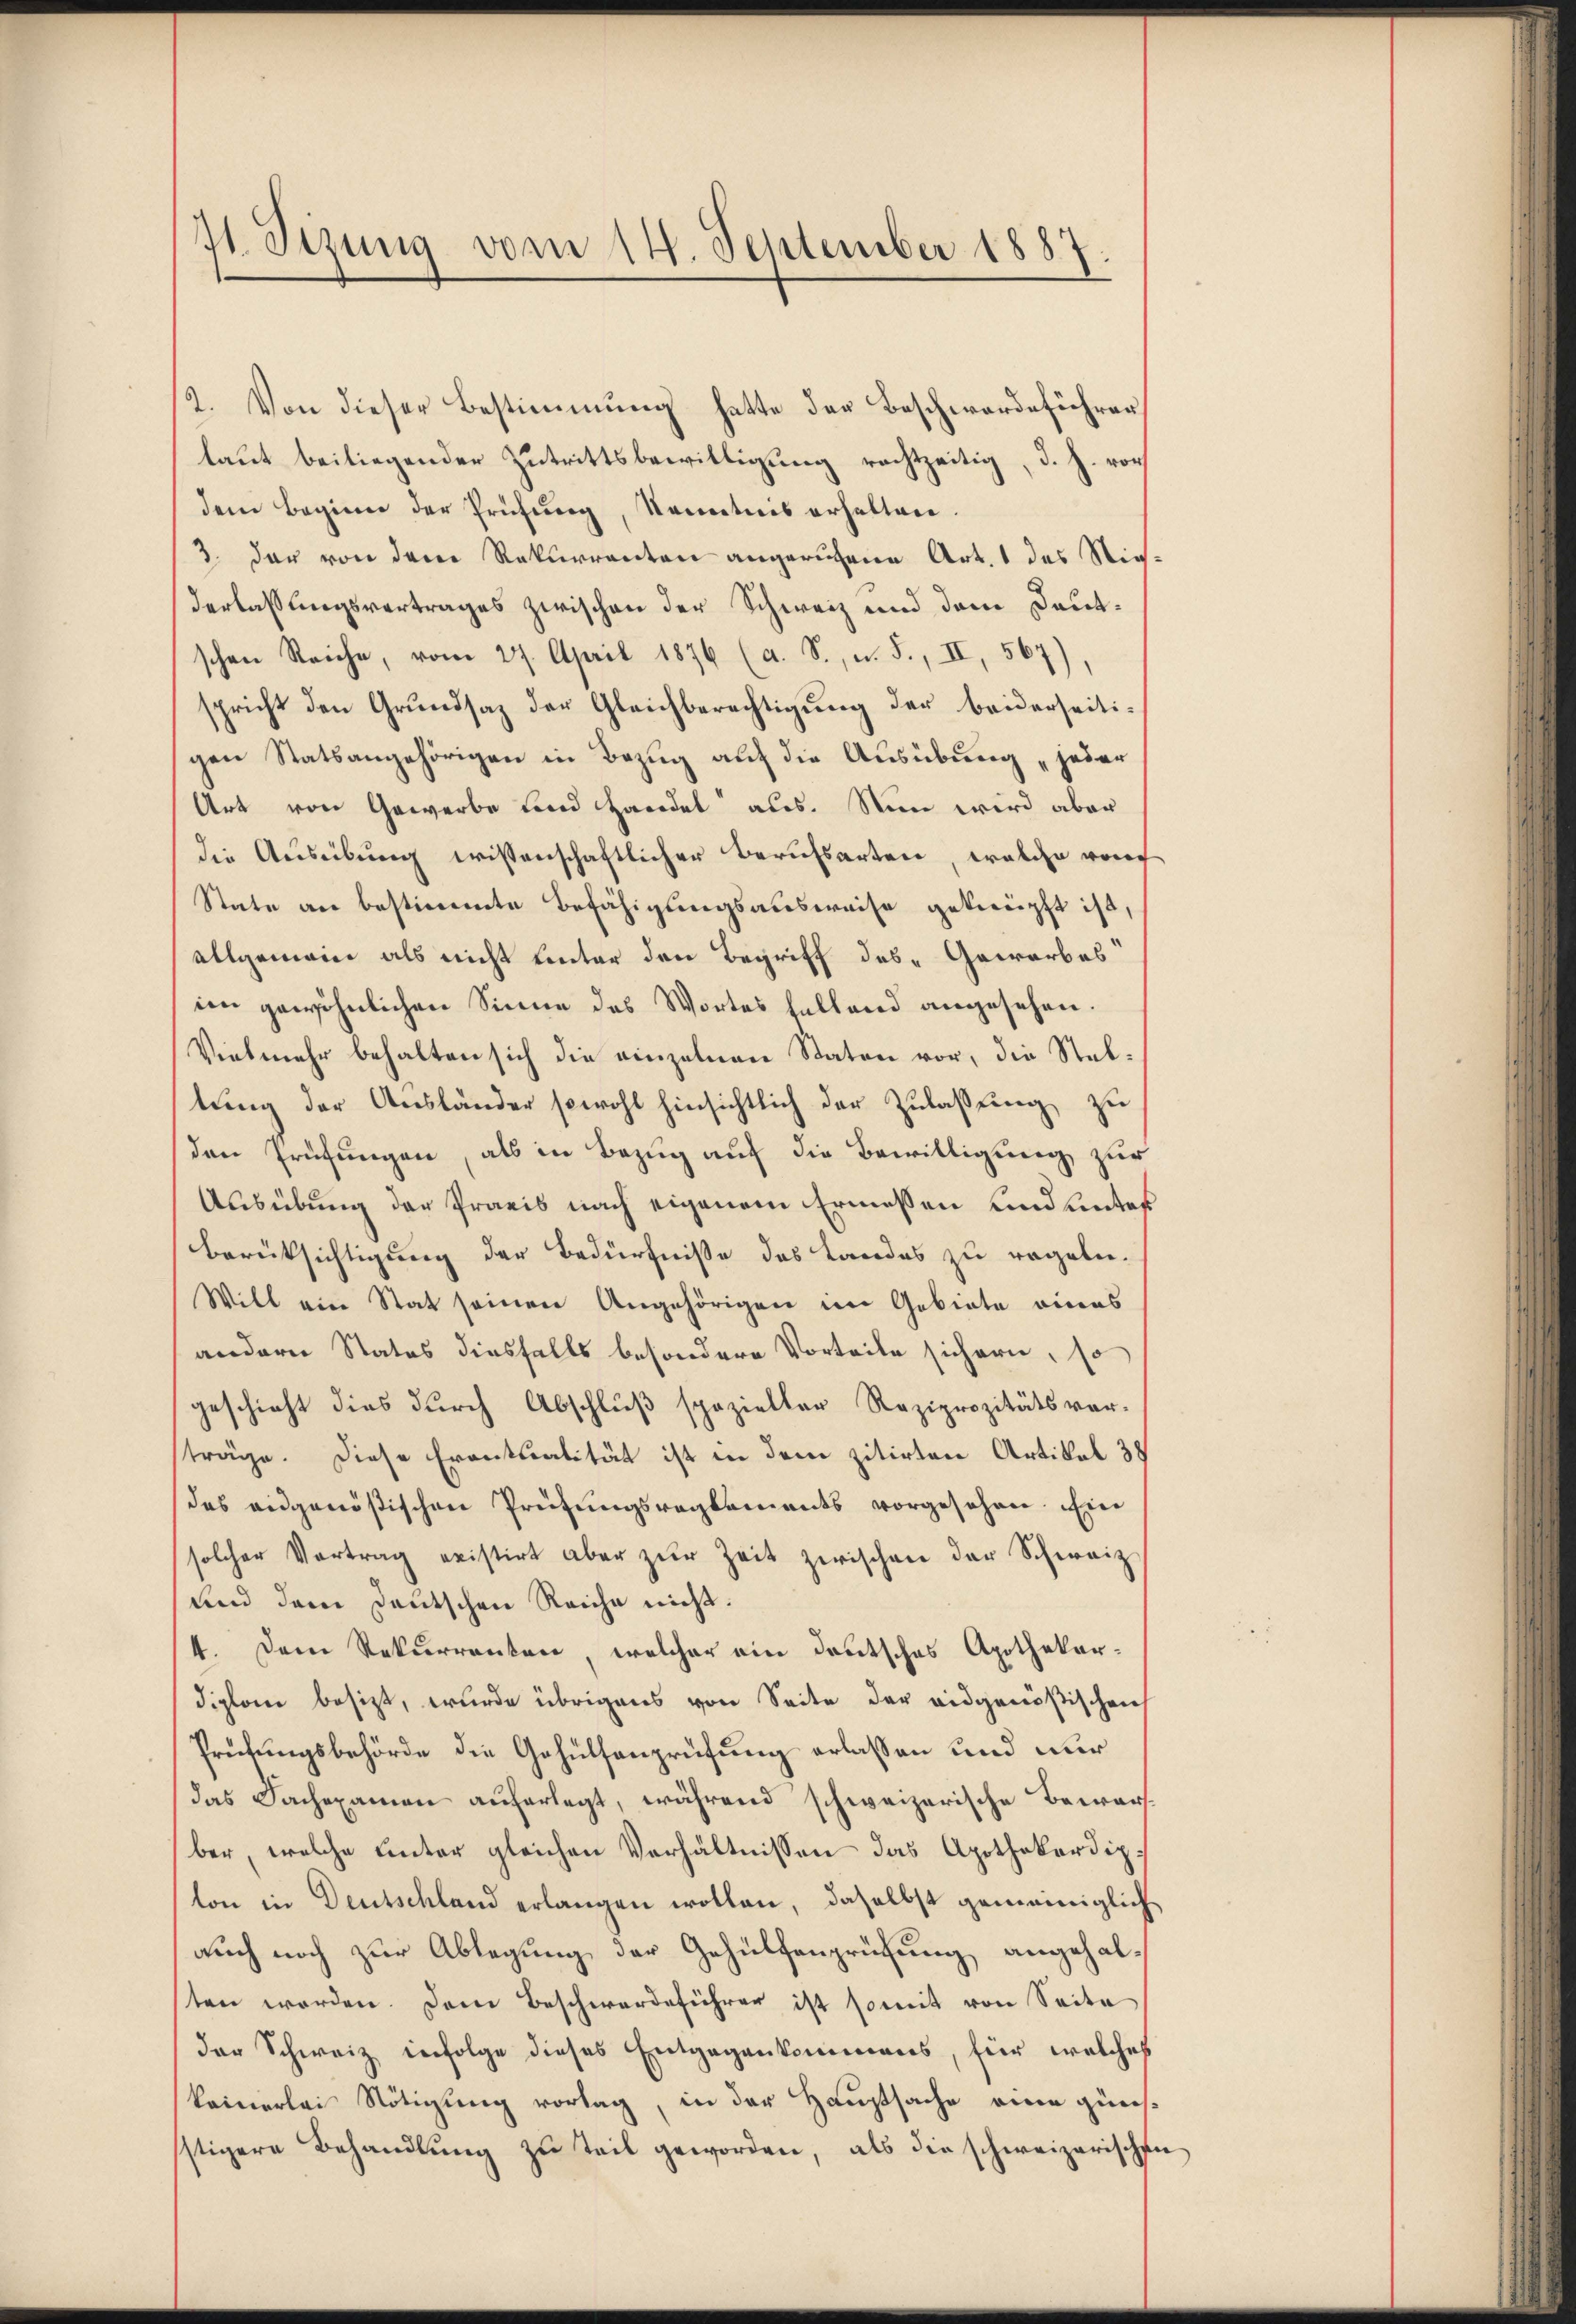
71 Sizung vom 14. September 1887.

2. Von dieser Bestimmung hatte der Beschwerdeführer
laut beiliegender Zutrittsbewilligung rechtzeitig, d. h. vor
dem Beginn der Prüfung, Kenntnis erhalten.
3. der von dem Rekurrenten angeruhen Art. 1 des Niederlassungsvertrages zwischen der Schweiz und dem Deutschen Reiche, vom 27. April 1876 (a. S., u. S., II, 567),
spricht den Grundsaz der Gleichberechtigung der beiderseitigen Statsangehörigen in Bezug auf die Ausübung „jeder
Art von Gewerbe und Handel aus. Nun wird aber
die Ausübung wissenschaftlicher Berufsarten, welche von
State an bestimmte Befähigungsausweise geknüpft ist,
allgemein als nicht unter den Begriff des Gewerbes
im gewöhnlichen Sinne des Wortes haltend angesehen.
Vielmehr behalten sich die einzelnen Staten vor, die Steltung der Ausländer sowohl hinsichtlich der Zulaßung zu
den Prüfungen, als in Bezug auf die Bewilligung zur
Ausübung der Praxis nach eigenem Ermessen und unter
Berüksichtigung der Bedürfnisse des Landes zu regeln.
Will ein Stat seinen Angehörigen im Gebiete eines
andern Statos diesfalls besondere Vorteile sichern, so
geschieht dies durch Abschlŭβ spazielter Reziprozitätsvor-
träge. Diese Eventualität ist in dem zitirten Artikel 38
des ausgenößischen Prüfungsreglements vorgesehen. Ein
solcher Vertrag existirt aber zŭr Zeit zwischen der Schweiz
und dem Deutschen Reiche nicht.
4. Dem Rekurrenten, welcher ein deutsches Apothekar-
diplom besizt, wurde übrigens von Seite der eidgenößischen
Prüfungsbehörde die Gehülfenprüfung erlassen und nur
das Sachexamen auferlegt, während schweizerische Bewarfber, welche unter gleichen Verhältnissen das Apothekardipton in Deutschland erlangen wollen, daselbst gemeiniglich
auch noch zur Ablegung der Gehülfenprüfung angehalten werden. Dem Beschwerdeführer ist somit von Seite
der Schweiz infolge dieses Entgegenkommens, für welches
keinerlei Nötigung vorlag, in der Hauptsache eine günsstigere Behandlŭng zu teil geworden, als die schweizerischen